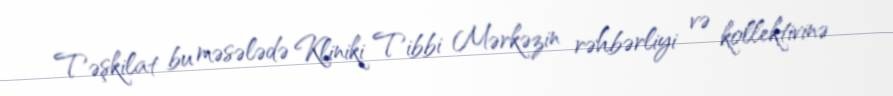
Təşkilat bu məsələdə Kliniki Tibbi Mərkəzin rəhbərliyi və kollektivinə